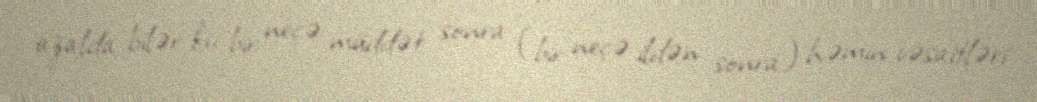
azalda bilər ki, bir neçə müddət sonra (bir neçə ildən sonra) həmin vəsaitləri